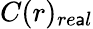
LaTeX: C(r)_{re\mathsf{a}l}